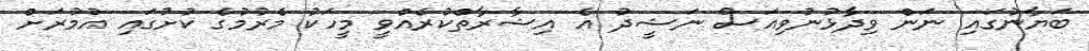
ބަޔާނުގައި ނަން ވިދާޅުނުވިއަސް ނަޝީދު އެ އިޝާރާތްކުރެއްވީ މީހަކު މެރުމުގެ ކުށުގައި އުމުރަށް